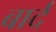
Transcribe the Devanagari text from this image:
बार्द